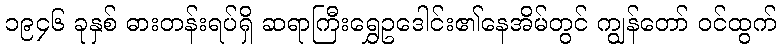
၁၉၄၆ ခုနှစ် ဓားတန်းရပ်ရှိ ဆရာကြီးရွှေဥဒေါင်း၏နေအိမ်တွင် ကျွန်တော် ဝင်ထွက်